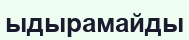
ыдырамайды